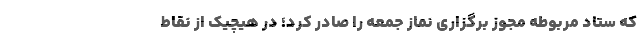
که ستاد مربوطه مجوز برگزاری نماز جمعه را صادر کرد؛ در هیچیک از نقاط